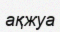
ақжуа